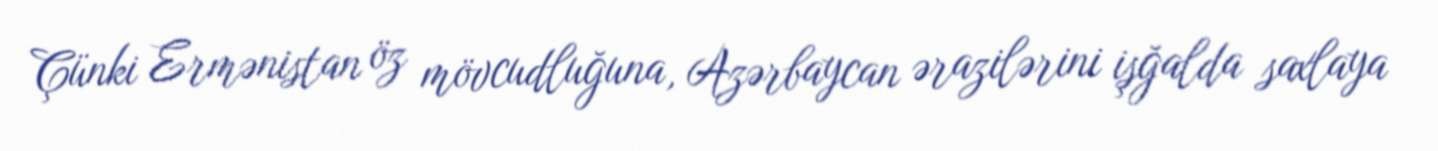
Çünki Ermənistan öz mövcudluğuna, Azərbaycan ərazilərini işğalda saxlaya